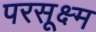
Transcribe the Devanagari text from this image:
परसूक्ष्म